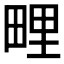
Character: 𭻕